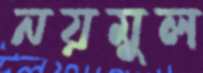
নয়মুল